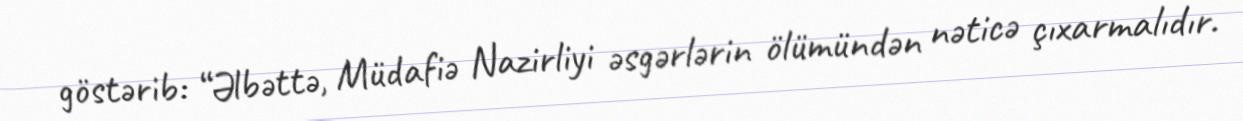
göstərib: “Əlbəttə, Müdafiə Nazirliyi əsgərlərin ölümündən nəticə çıxarmalıdır.